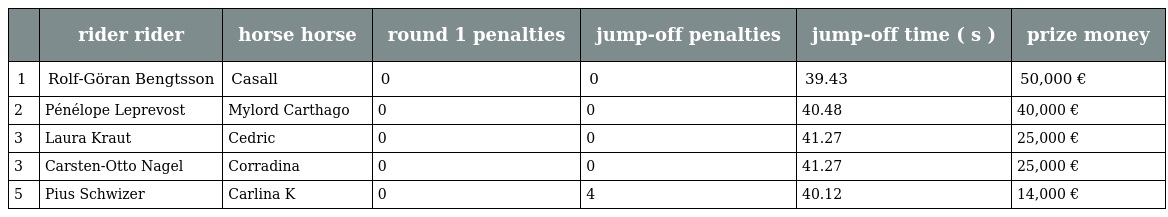
|  | rider rider | horse horse | round 1 penalties | jump-off penalties | jump-off time ( s ) | prize money |
 | --- | --- | --- | --- | --- | --- | --- |
 | 1 | Rolf-Göran Bengtsson | Casall | 0 | 0 | 39.43 | 50,000 € |
 | 2 | Pénélope Leprevost | Mylord Carthago | 0 | 0 | 40.48 | 40,000 € |
 | 3 | Laura Kraut | Cedric | 0 | 0 | 41.27 | 25,000 € |
 | 3 | Carsten-Otto Nagel | Corradina | 0 | 0 | 41.27 | 25,000 € |
 | 5 | Pius Schwizer | Carlina K | 0 | 4 | 40.12 | 14,000 € |